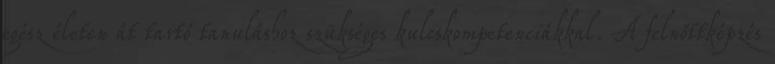
egész életen át tartó tanuláshoz szükséges kulcskompetenciákkal. A felnőttképzés